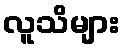
လူသိများ